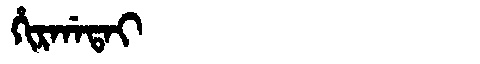
Manchu: ᡥᡳᡵᡤᠠᡨᠠᡳ
Romanization: HIRGATAI